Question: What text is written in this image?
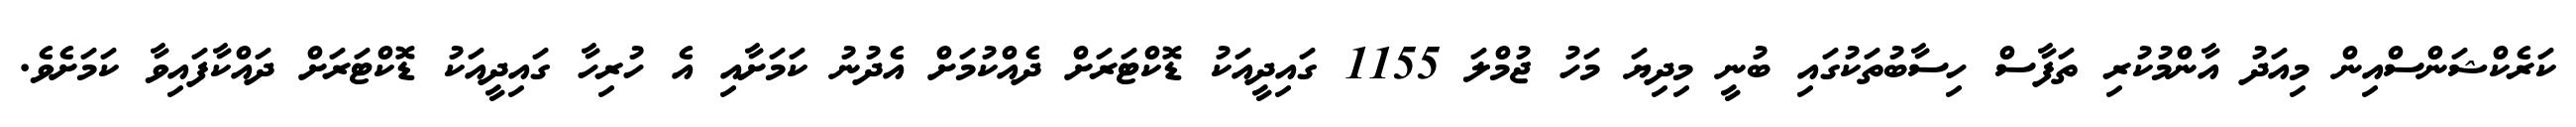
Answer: ކަރެކްޝަންސްއިން މިއަދު އާންމުކުރި ތަފާސް ހިސާބުތަކުގައި ބުނީ މިދިޔަ މަހު ޖުމްލަ 1155 ގައިދީއަކު ޑޮކްޓަރަށް ދެއްކުމަށް އެދުނު ކަމަށާއި އެ ހުރިހާ ގައިދީއަކު ޑޮކްޓަރަށް ދައްކާފައިވާ ކަމަށެވެ.